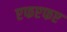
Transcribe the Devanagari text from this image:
एफएफए